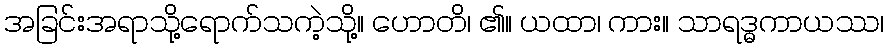
အခြင်းအရာသို့ရောက်သကဲ့သို့။ ဟောတိ၊ ၏။ ယထာ၊ ကား။ သာရဒ္ဓကာယဿ၊